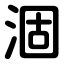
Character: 涸